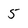
Character: 5